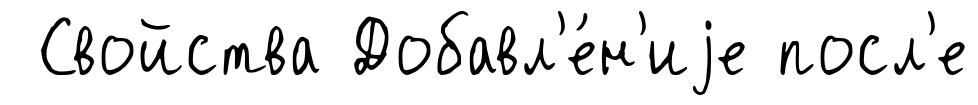
Свойства Добавл'е́н'иjе посл'е